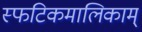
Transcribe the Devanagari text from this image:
स्फटिकमालिकाम्